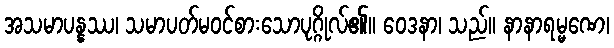
အသမာပန္နဿ၊ သမာပတ်မဝင်စားသောပုဂ္ဂိုလ်၏။ ဝေဒနာ၊ သည်။ နာနာရမ္မဏေ၊